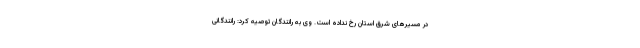
در مسیرهای شرق استان رخ نداده است. وی به رانندگان توصیه کرد: رانندگانی